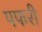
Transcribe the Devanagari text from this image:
पफरी